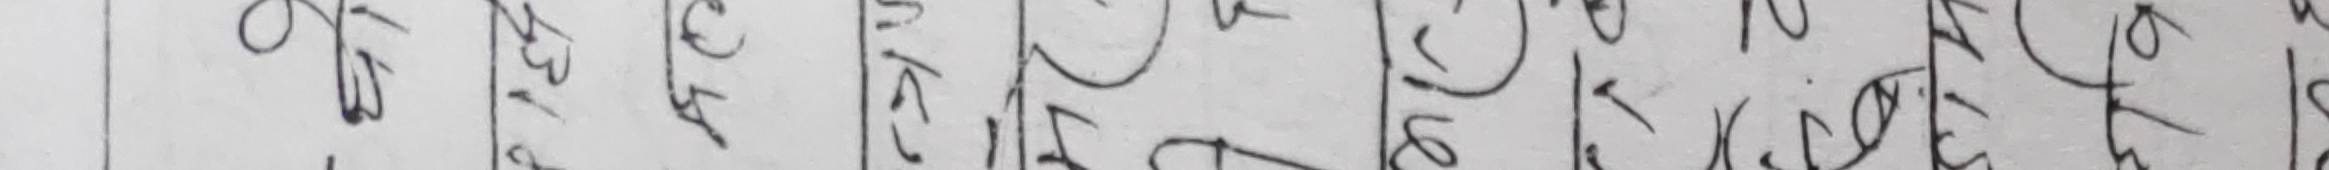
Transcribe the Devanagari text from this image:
कस्लाई